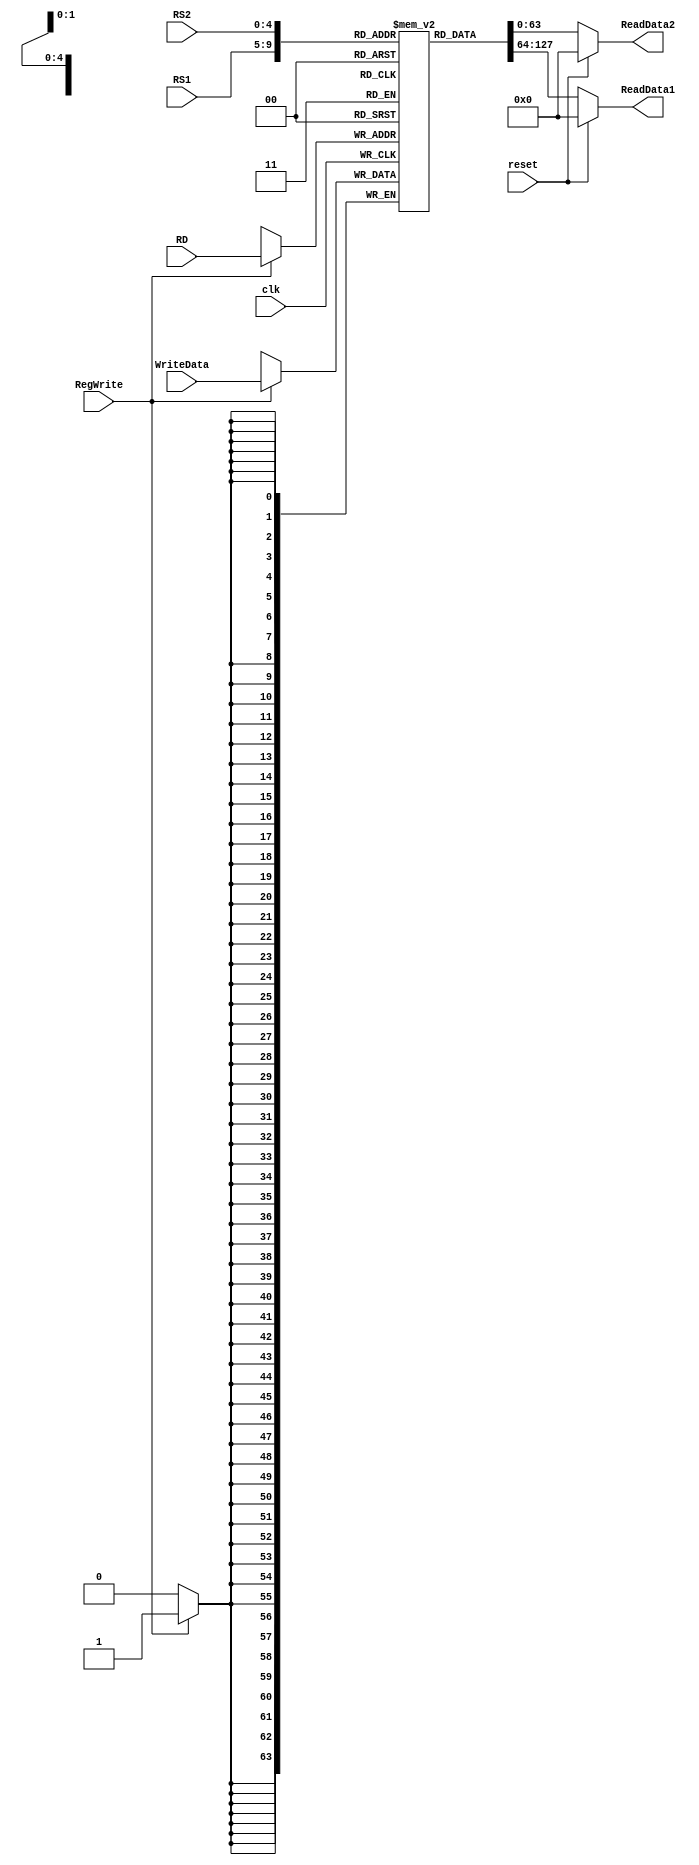
`timescale 1ns / 1ps
//////////////////////////////////////////////////////////////////////////////////
// Company: 
// Engineer: 
// 
// Design Name: 
// Module Name: RegisterFile
// Project Name: 
// Target Devices: 
// Tool Versions: 
// Description: 
// 
// Dependencies: 
// 
// Revision:
// Revision 0.01 - File Created
// Additional Comments:
// 
//////////////////////////////////////////////////////////////////////////////////

module RegisterFile(
    input clk,
    input reset,
    input [63:0] WriteData,
    input [4:0] RS1,
    input [4:0] RS2,
    input [4:0] RD,
    input RegWrite,
    output reg [63:0] ReadData1,
    output reg [63:0] ReadData2
    );
    
reg[63:0] Registers [31:0];    //initialize Registers with random values (using 'initial' block)
integer i;
  initial
    begin
      for (i=0; i<31; i=i+1)
        begin
          Registers[i] = 1;
        end
    end
 //operation of writing data into a Register should always be done when  
 //positive edge of clock and RegWrite signal is asserted (or set, i.e. High)  
  always @ (posedge clk) 
    begin   
      case(RegWrite)                             
        1'b1: Registers[RD] <= WriteData;   
      endcase  
    end 
 
  always @ (*)  
    begin   
      if(reset)  
        begin    
          ReadData1 = 64'b0;    
          ReadData2 = 64'b0;   
        end   
      else   
        begin    
          ReadData1 = Registers[RS1];    
          ReadData2 = Registers[RS2];   
        end  
    end  
//reg [63:0] registers [31:0];
//integer i;
//initial begin
//for (i = 0; i < 32; i = i + 1) begin
//    registers[i] = 0;
//    end end

//always @(posedge clk) begin
//    if (RegWrite == 1) registers[RD] <= WriteData;
//end 
//always @(*) begin
//    if (reset == 1) begin
//        ReadData1 = 64'd0; ReadData2 = 64'd0; end
//    else begin
//        ReadData1 = registers[RS1]; ReadData2 = registers[RS2]; 
//    end
//end
endmodule